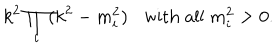
k ^ { 2 } \prod _ { i } ^ { } ( { k } ^ { 2 } - { m } _ { i } ^ { 2 } ) \mathrm { w i t h } \; \mathrm { a l l } \; { m } _ { i } ^ { 2 } > 0 .